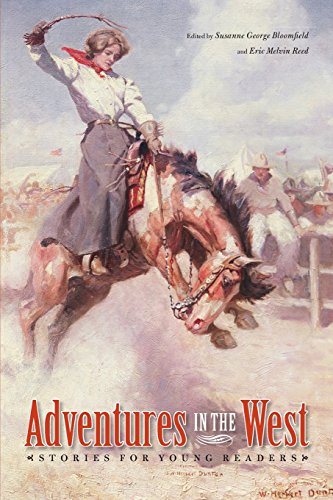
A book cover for Adventures in the West: Stories for Young Readers (Bison Original); Teen & Young Adult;